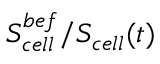
S _ { c e l l } ^ { b e f } / S _ { c e l l } ( t )